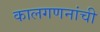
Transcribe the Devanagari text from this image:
कालगणनांची